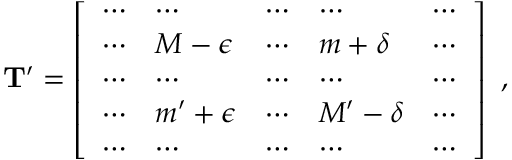
\begin{array} { r } { \mathbf { T } ^ { \prime } = \left[ \begin{array} { l l l l l } { \cdots } & { \cdots } & { \cdots } & { \cdots } & { \cdots } \\ { \cdots } & { M - \epsilon } & { \cdots } & { m + \delta } & { \cdots } \\ { \cdots } & { \cdots } & { \cdots } & { \cdots } & { \cdots } \\ { \cdots } & { m ^ { \prime } + \epsilon } & { \cdots } & { M ^ { \prime } - \delta } & { \cdots } \\ { \cdots } & { \cdots } & { \cdots } & { \cdots } & { \cdots } \end{array} \right] \, \, , } \end{array}